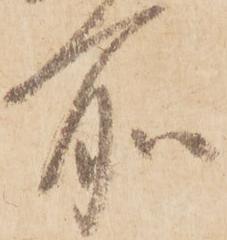
所